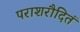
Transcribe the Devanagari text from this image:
पराशरौदितं